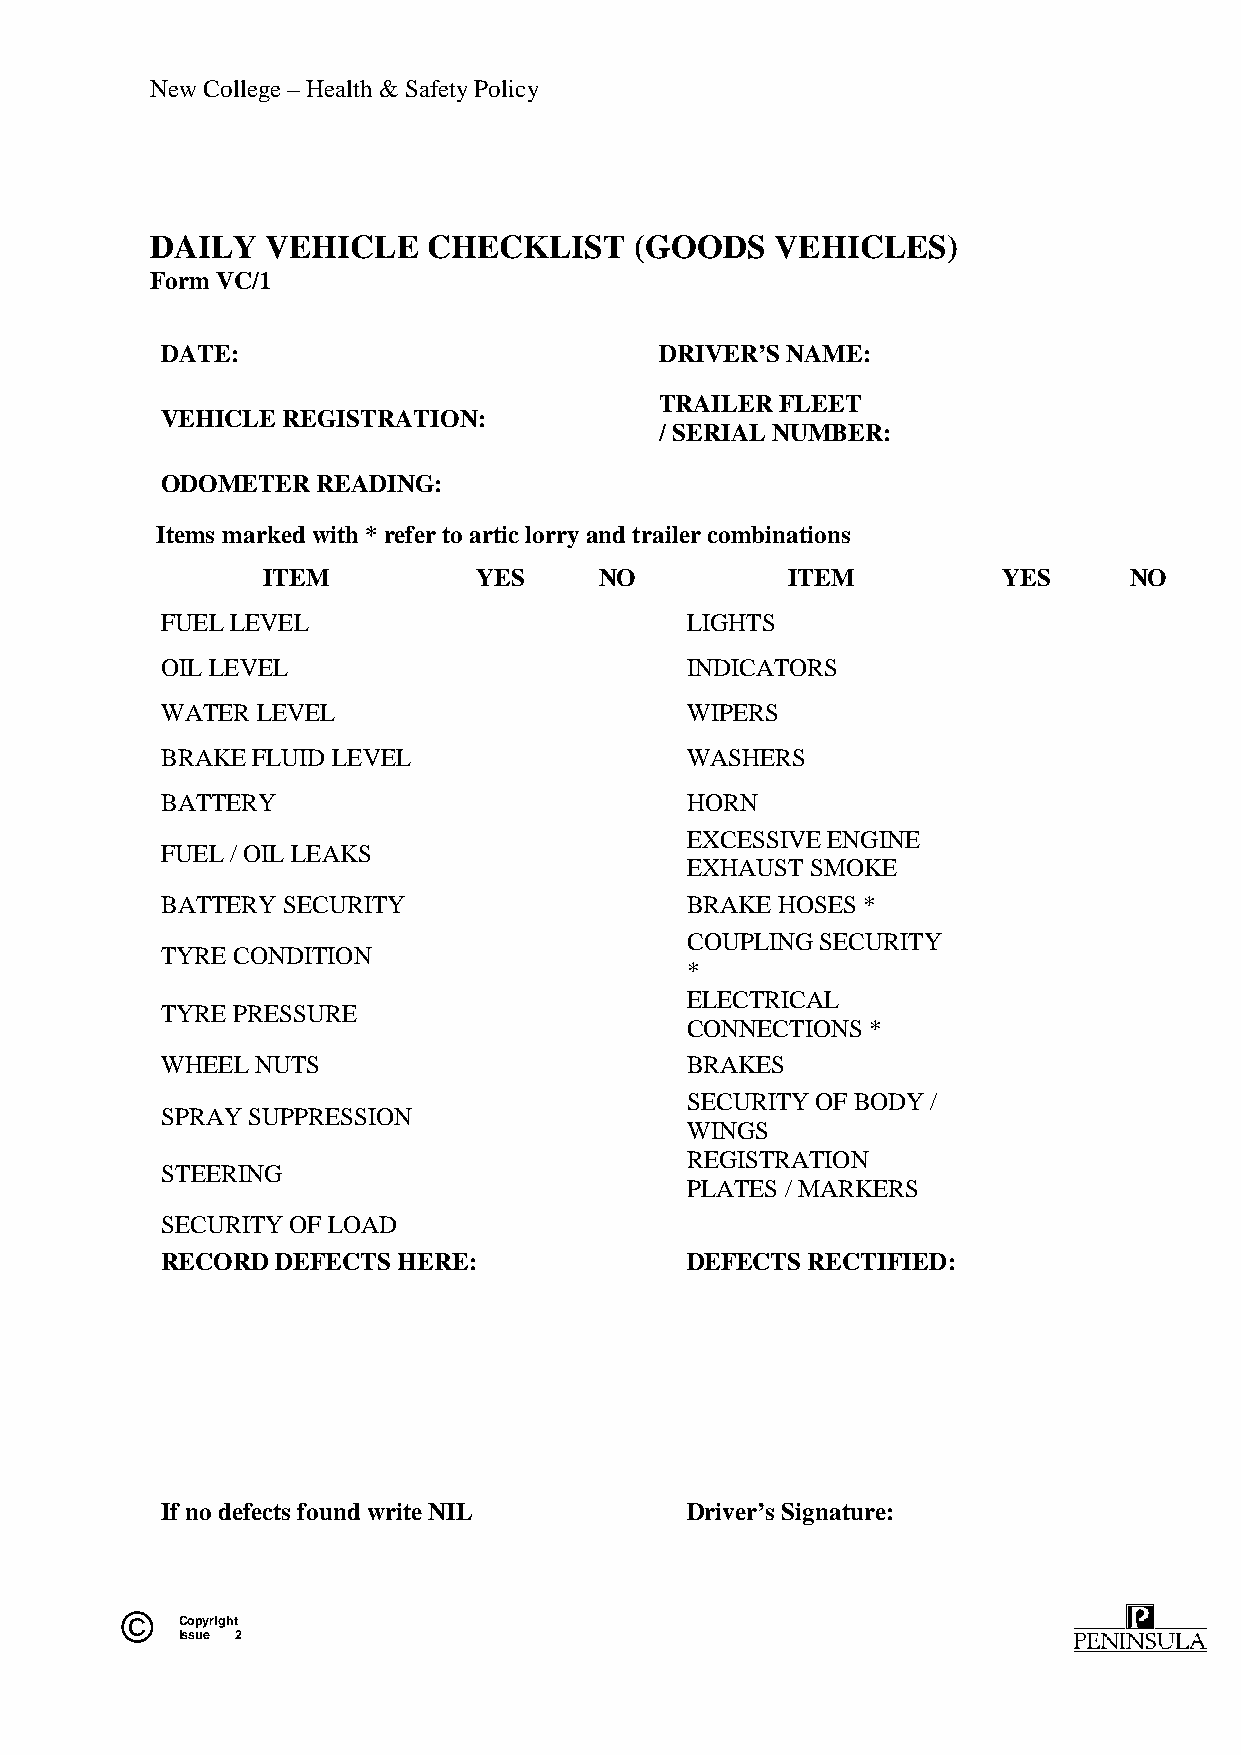
New College – Health & Safety Policy
 DAILY   VEHICLE   CHECKLIST     (GOODS   VEHICLES)
 Form VC/1
 DATE:                            DRIVER’S NAME:
 TRAILER FLEET
 VEHICLE REGISTRATION:
 / SERIAL NUMBER:
 ODOMETER  READING:
 Items marked with * refer to artic lorry and trailer combinations
 ITEM           YES     NO          ITEM          YES      NO
 FUEL LEVEL                        LIGHTS
 OIL LEVEL                         INDICATORS
 WATER LEVEL                       WIPERS
 BRAKE FLUID LEVEL                 WASHERS
 BATTERY                           HORN
 EXCESSIVE ENGINE
 FUEL / OIL LEAKS
 EXHAUST  SMOKE
 BATTERY SECURITY                  BRAKE HOSES *
 COUPLING SECURITY
 TYRE CONDITION
 *
 ELECTRICAL
 TYRE PRESSURE
 CONNECTIONS  *
 WHEEL NUTS                        BRAKES
 SECURITY OF BODY /
 SPRAY SUPPRESSION
 WINGS
 REGISTRATION
 STEERING
 PLATES / MARKERS
 SECURITY OF LOAD
 RECORD DEFECTS HERE:              DEFECTS RECTIFIED:
 If no defects found write NIL     Driver’s Signature:
 ©   Copyright
 Issue 2